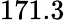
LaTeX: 171.3